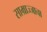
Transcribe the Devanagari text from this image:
साम्राज्जाचा